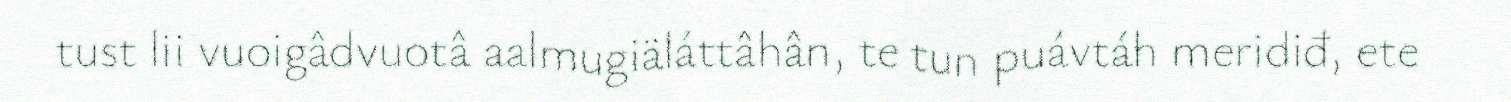
tust lii vuoigâdvuotâ aalmugiäláttâhân, te tun puávtáh meridiđ, ete